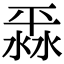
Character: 𣸞